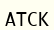
АТСК